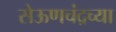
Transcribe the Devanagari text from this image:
सेऊणचंद्रच्या